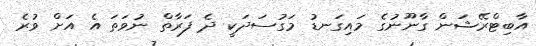
އާބިޓްރޭޝަން ގާނޫނުގެ މައިގަނޑު މަގުސަދަކީ ދެ ފަރާތް ނުވަތަ އެ އަށް ވުރެ